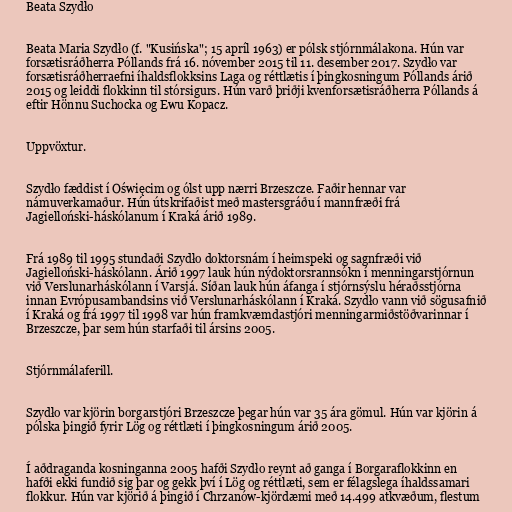
Beata Szydło

Beata Maria Szydło (f. "Kusińska"; 15 apríl 1963) er pólsk stjórnmálakona. Hún var
forsætisráðherra Póllands frá 16. nóvember 2015 til 11. desember 2017. Szydło var
forsætisráðherraefni íhaldsflokksins Laga og réttlætis í þingkosningum Póllands árið
2015 og leiddi flokkinn til stórsigurs. Hún varð þriðji kvenforsætisráðherra Póllands á
eftir Hönnu Suchocka og Ewu Kopacz.

Uppvöxtur.

Szydło fæddist í Oświęcim og ólst upp nærri Brzeszcze. Faðir hennar var
námuverkamaður. Hún útskrifaðist með mastersgráðu í mannfræði frá
Jagielloński-háskólanum í Kraká árið 1989.

Frá 1989 til 1995 stundaði Szydło doktorsnám í heimspeki og sagnfræði við
Jagielloński-háskólann. Árið 1997 lauk hún nýdoktorsrannsókn í menningarstjórnun
við Verslunarháskólann í Varsjá. Síðan lauk hún áfanga í stjórnsýslu héraðsstjórna
innan Evrópusambandsins við Verslunarháskólann í Kraká. Szydło vann við sögusafnið
í Kraká og frá 1997 til 1998 var hún framkvæmdastjóri menningarmiðstöðvarinnar í
Brzeszcze, þar sem hún starfaði til ársins 2005.

Stjórnmálaferill.

Szydło var kjörin borgarstjóri Brzeszcze þegar hún var 35 ára gömul. Hún var kjörin á
pólska þingið fyrir Lög og réttlæti í þingkosningum árið 2005.

Í aðdraganda kosninganna 2005 hafði Szydło reynt að ganga í Borgaraflokkinn en
hafði ekki fundið sig þar og gekk því í Lög og réttlæti, sem er félagslega íhaldssamari
flokkur. Hún var kjörið á þingið í Chrzanów-kjördæmi með 14.499 atkvæðum, flestum